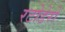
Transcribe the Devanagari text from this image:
रटोडेरो